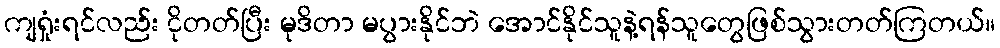
ကျရှုံးရင်လည်း ငိုတတ်ပြီး မုဒိတာ မပွားနိုင်ဘဲ အောင်နိုင်သူနဲ့ရန်သူတွေဖြစ်သွားတတ်ကြတယ်။